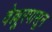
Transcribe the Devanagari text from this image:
वेल्लूरपासून